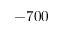
- 7 0 0